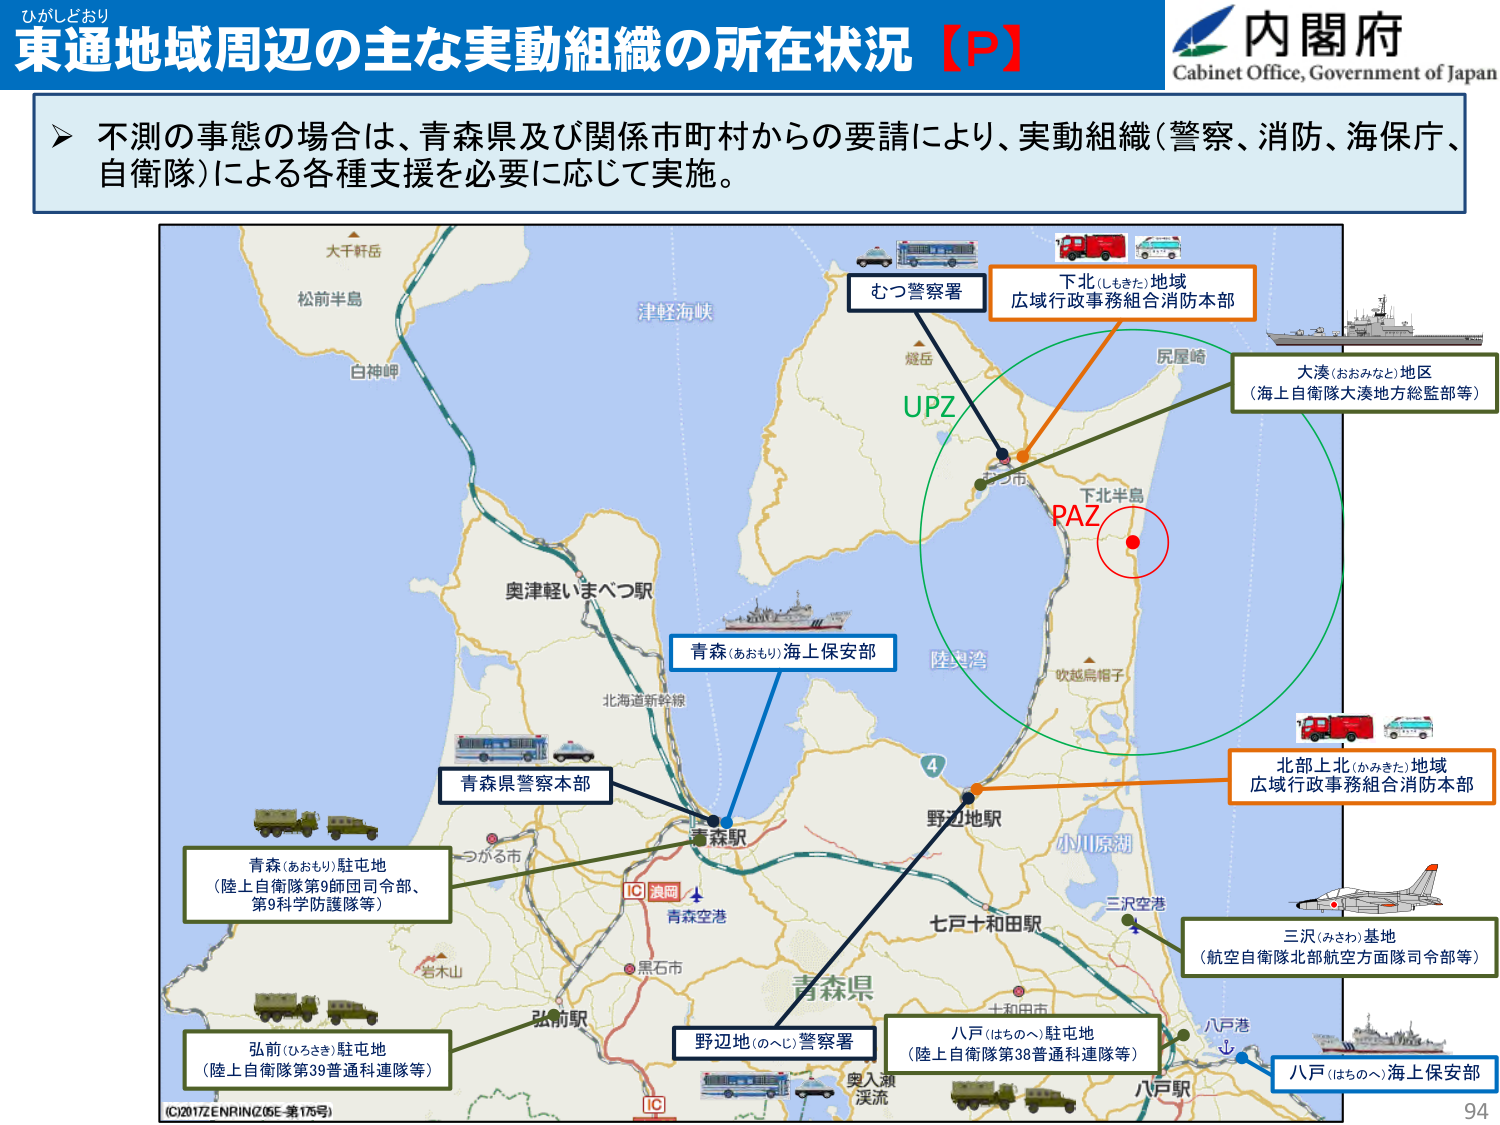
ひがしどおり
東通地域周辺の主な実動組織の所在状況【P】
内閣府
Cabinet Office, Government of Japan

➤ 不測の事態の場合は、青森県及び関係市町村からの要請により、実動組織（警察、消防、海保庁、自衛隊）による各種支援を必要に応じて実施。

大千軒岳
松前半島
白神岬
津軽海峡
むつ警察署
下北（しもきた）地域
広域行政事務組合消防本部
姥ヶ岳
UPZ
尻屋崎
大湊（おおみなと）地区
（海上自衛隊大湊地方総監部等）
下北半島
PAZ
奥津軽いまべつ駅
青森（あおもり）海上保安部
陸奥湾
吹越烏帽子
北海道新幹線
青森県警察本部
つがる市
青森駅
IC 湊岡
青森空港
黒石市
岩木山
弘前駅
野辺地（のへじ）警察署
七戸十和田駅
小川原湖
三沢空港
三沢（みさわ）基地
（航空自衛隊北部航空方面隊司令部等）
八戸（はちのへ）駐屯地
（陸上自衛隊第38普通科連隊等）
八戸港
八戸駅
八戸（はちのへ）海上保安部
北部上北（かみきた）地域
広域行政事務組合消防本部
青森（あおもり）駐屯地
（陸上自衛隊第9師団司令部、
第9科学防護隊等）
弘前（ひろさき）駐屯地
（陸上自衛隊第39普通科連隊等）
奥入瀬
渓流
青森県
(C)2017 ZENRIN (Z/GE-第175号)
94